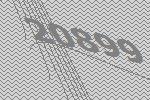
20899